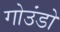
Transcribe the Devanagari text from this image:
गोउंडो